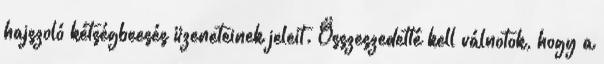
hajszoló kétségbeesés üzeneteinek jeleit. Összeszedetté kell válnotok, hogy a